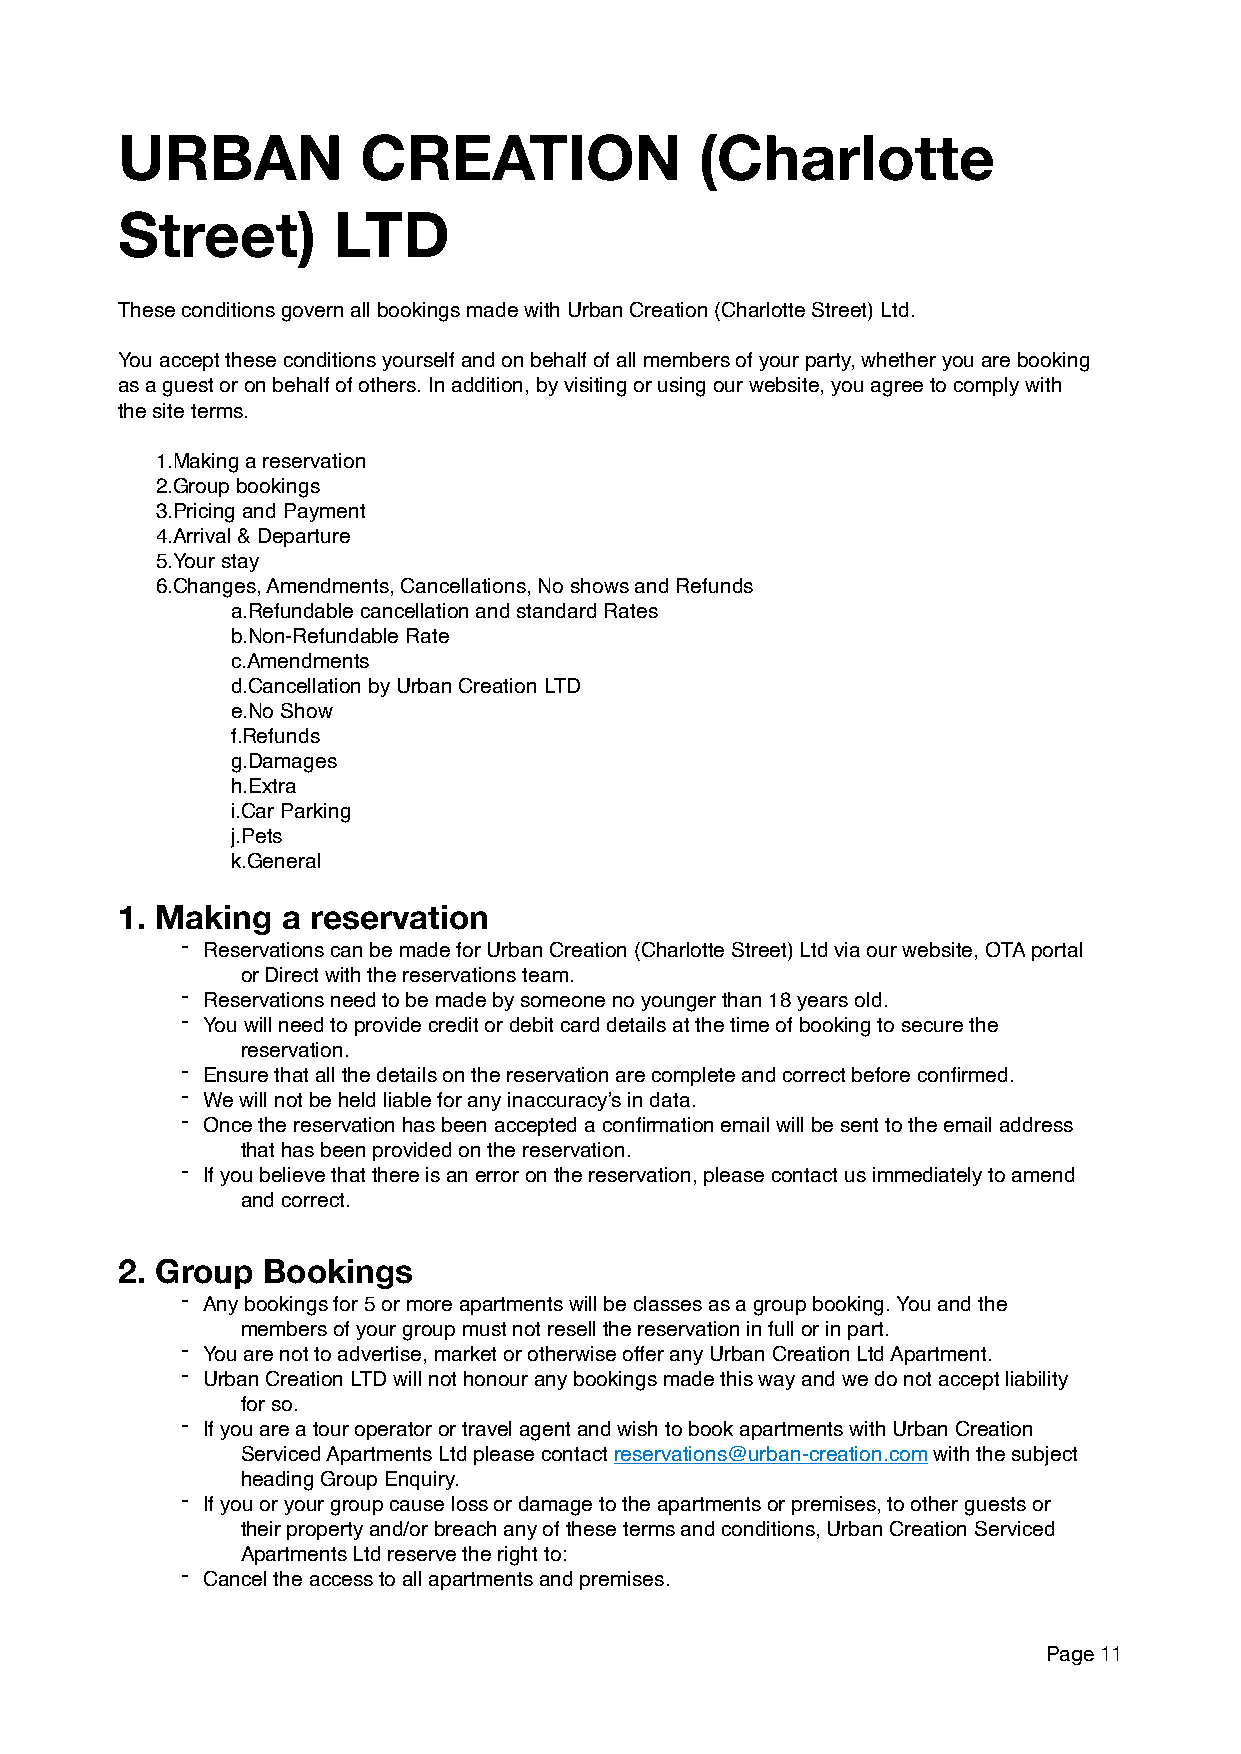
URBAN           CREATION              (Charlotte
 Street)       LTD
 These conditions govern all bookings made with Urban Creation (Charlotte Street) Ltd.
 You accept these conditions yourself and on behalf of all members of your party, whether you are booking
 as a guest or on behalf of others. In addition, by visiting or using our website, you agree to comply with
 the site terms.
 1.Making a reservation
 2.Group bookings
 3.Pricing and Payment
 4.Arrival & Departure
 5.Your stay
 6.Changes, Amendments, Cancellations, No shows and Refunds
 a.Refundable cancellation and standard Rates
 b.Non-Refundable Rate
 c.Amendments
 d.Cancellation by Urban Creation LTD
 e.No Show
 f.Refunds
 g.Damages
 h.Extra
 i.Car Parking
 j.Pets
 k.General
 1. Making  a reservation
 - Reservations can be made for Urban Creation (Charlotte Street) Ltd via our website, OTA portal
 or Direct with the reservations team.
 - Reservations need to be made by someone no younger than 18 years old.
 - You will need to provide credit or debit card details at the time of booking to secure the
 reservation.
 - Ensure that all the details on the reservation are complete and correct before confirmed.
 - We will not be held liable for any inaccuracy’s in data.
 - Once the reservation has been accepted a confirmation email will be sent to the email address
 that has been provided on the reservation.
 - If you believe that there is an error on the reservation, please contact us immediately to amend
 and correct.
 2. Group Bookings
 - Any bookings for 5 or more apartments will be classes as a group booking. You and the
 members of your group must not resell the reservation in full or in part.
 - You are not to advertise, market or otherwise offer any Urban Creation Ltd Apartment.
 - Urban Creation LTD will not honour any bookings made this way and we do not accept liability
 for so.
 - If you are a tour operator or travel agent and wish to book apartments with Urban Creation
 Serviced Apartments Ltd please contact reservations@urban-creation.com with the subject
 heading Group Enquiry.
 - If you or your group cause loss or damage to the apartments or premises, to other guests or
 their property and/or breach any of these terms and conditions, Urban Creation Serviced
 Apartments Ltd reserve the right to:
 - Cancel the access to all apartments and premises.
 Page 11